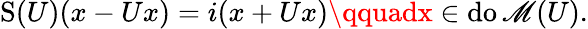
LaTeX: \operatorname{S}(U)(x-Ux)=i(x+Ux)\qquadx\in\operatorname{do\mathscr{M}}(U).